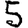
Digit: 5